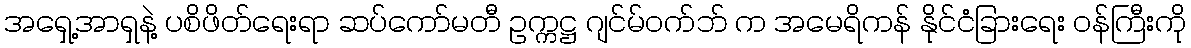
အရှေ့အာရှနဲ့ ပစိဖိတ်ရေးရာ ဆပ်ကော်မတီ ဥက္ကဋ္ဌ ဂျင်မ်ဝက်ဘ် က အမေရိကန် နိုင်ငံခြားရေး ဝန်ကြီးကို